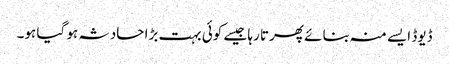
ڈیوڈ ایسے منہ بنائے پھرتا رہا جیسے کوئی بہت بڑا حادثہ ہو گیا ہو۔